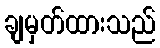
ချမှတ်ထားသည်